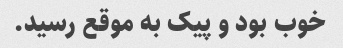
خوب بود و پیک به موقع رسید.